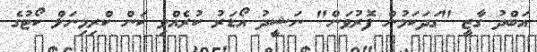
އަބްދު ގާޒީ "ގަދަކަމުން ފޮރުވަން" ނަޝީދު އޯޑަރު ކުރެއްވި ކަން ކްރިމިނަލް ކޯޓުގެ